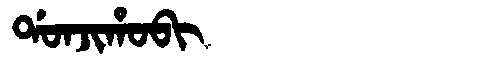
Manchu: ᡩᠣᠨᠵᡳᡥᠣᠪᡳ
Romanization: DONJIHOBI